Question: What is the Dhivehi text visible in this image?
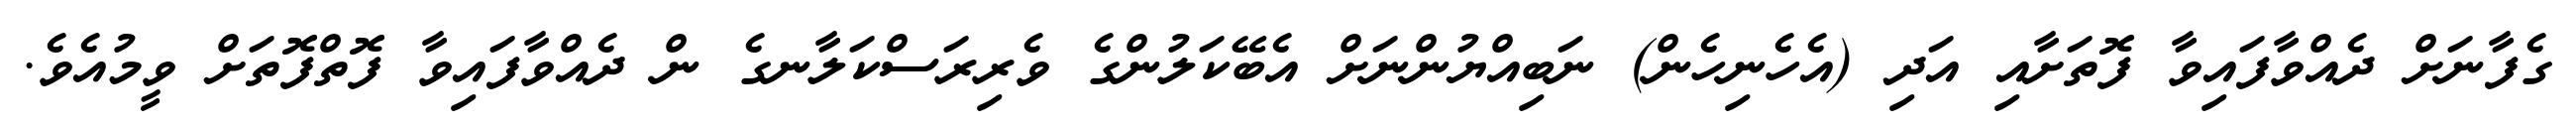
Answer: ގެފާނަށް ދެއްވާފައިވާ ފޮތަށާއި އަދި (އެހެނިހެން) ނަބިއްޔުންނަށް އެބޭކަލުންގެ ވެރިރަސްކަލާނގެ ން ދެއްވާފައިވާ ފޮތްފޮތަށް ވީމުއެވެ.